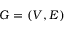
G = \left( V , E \right)